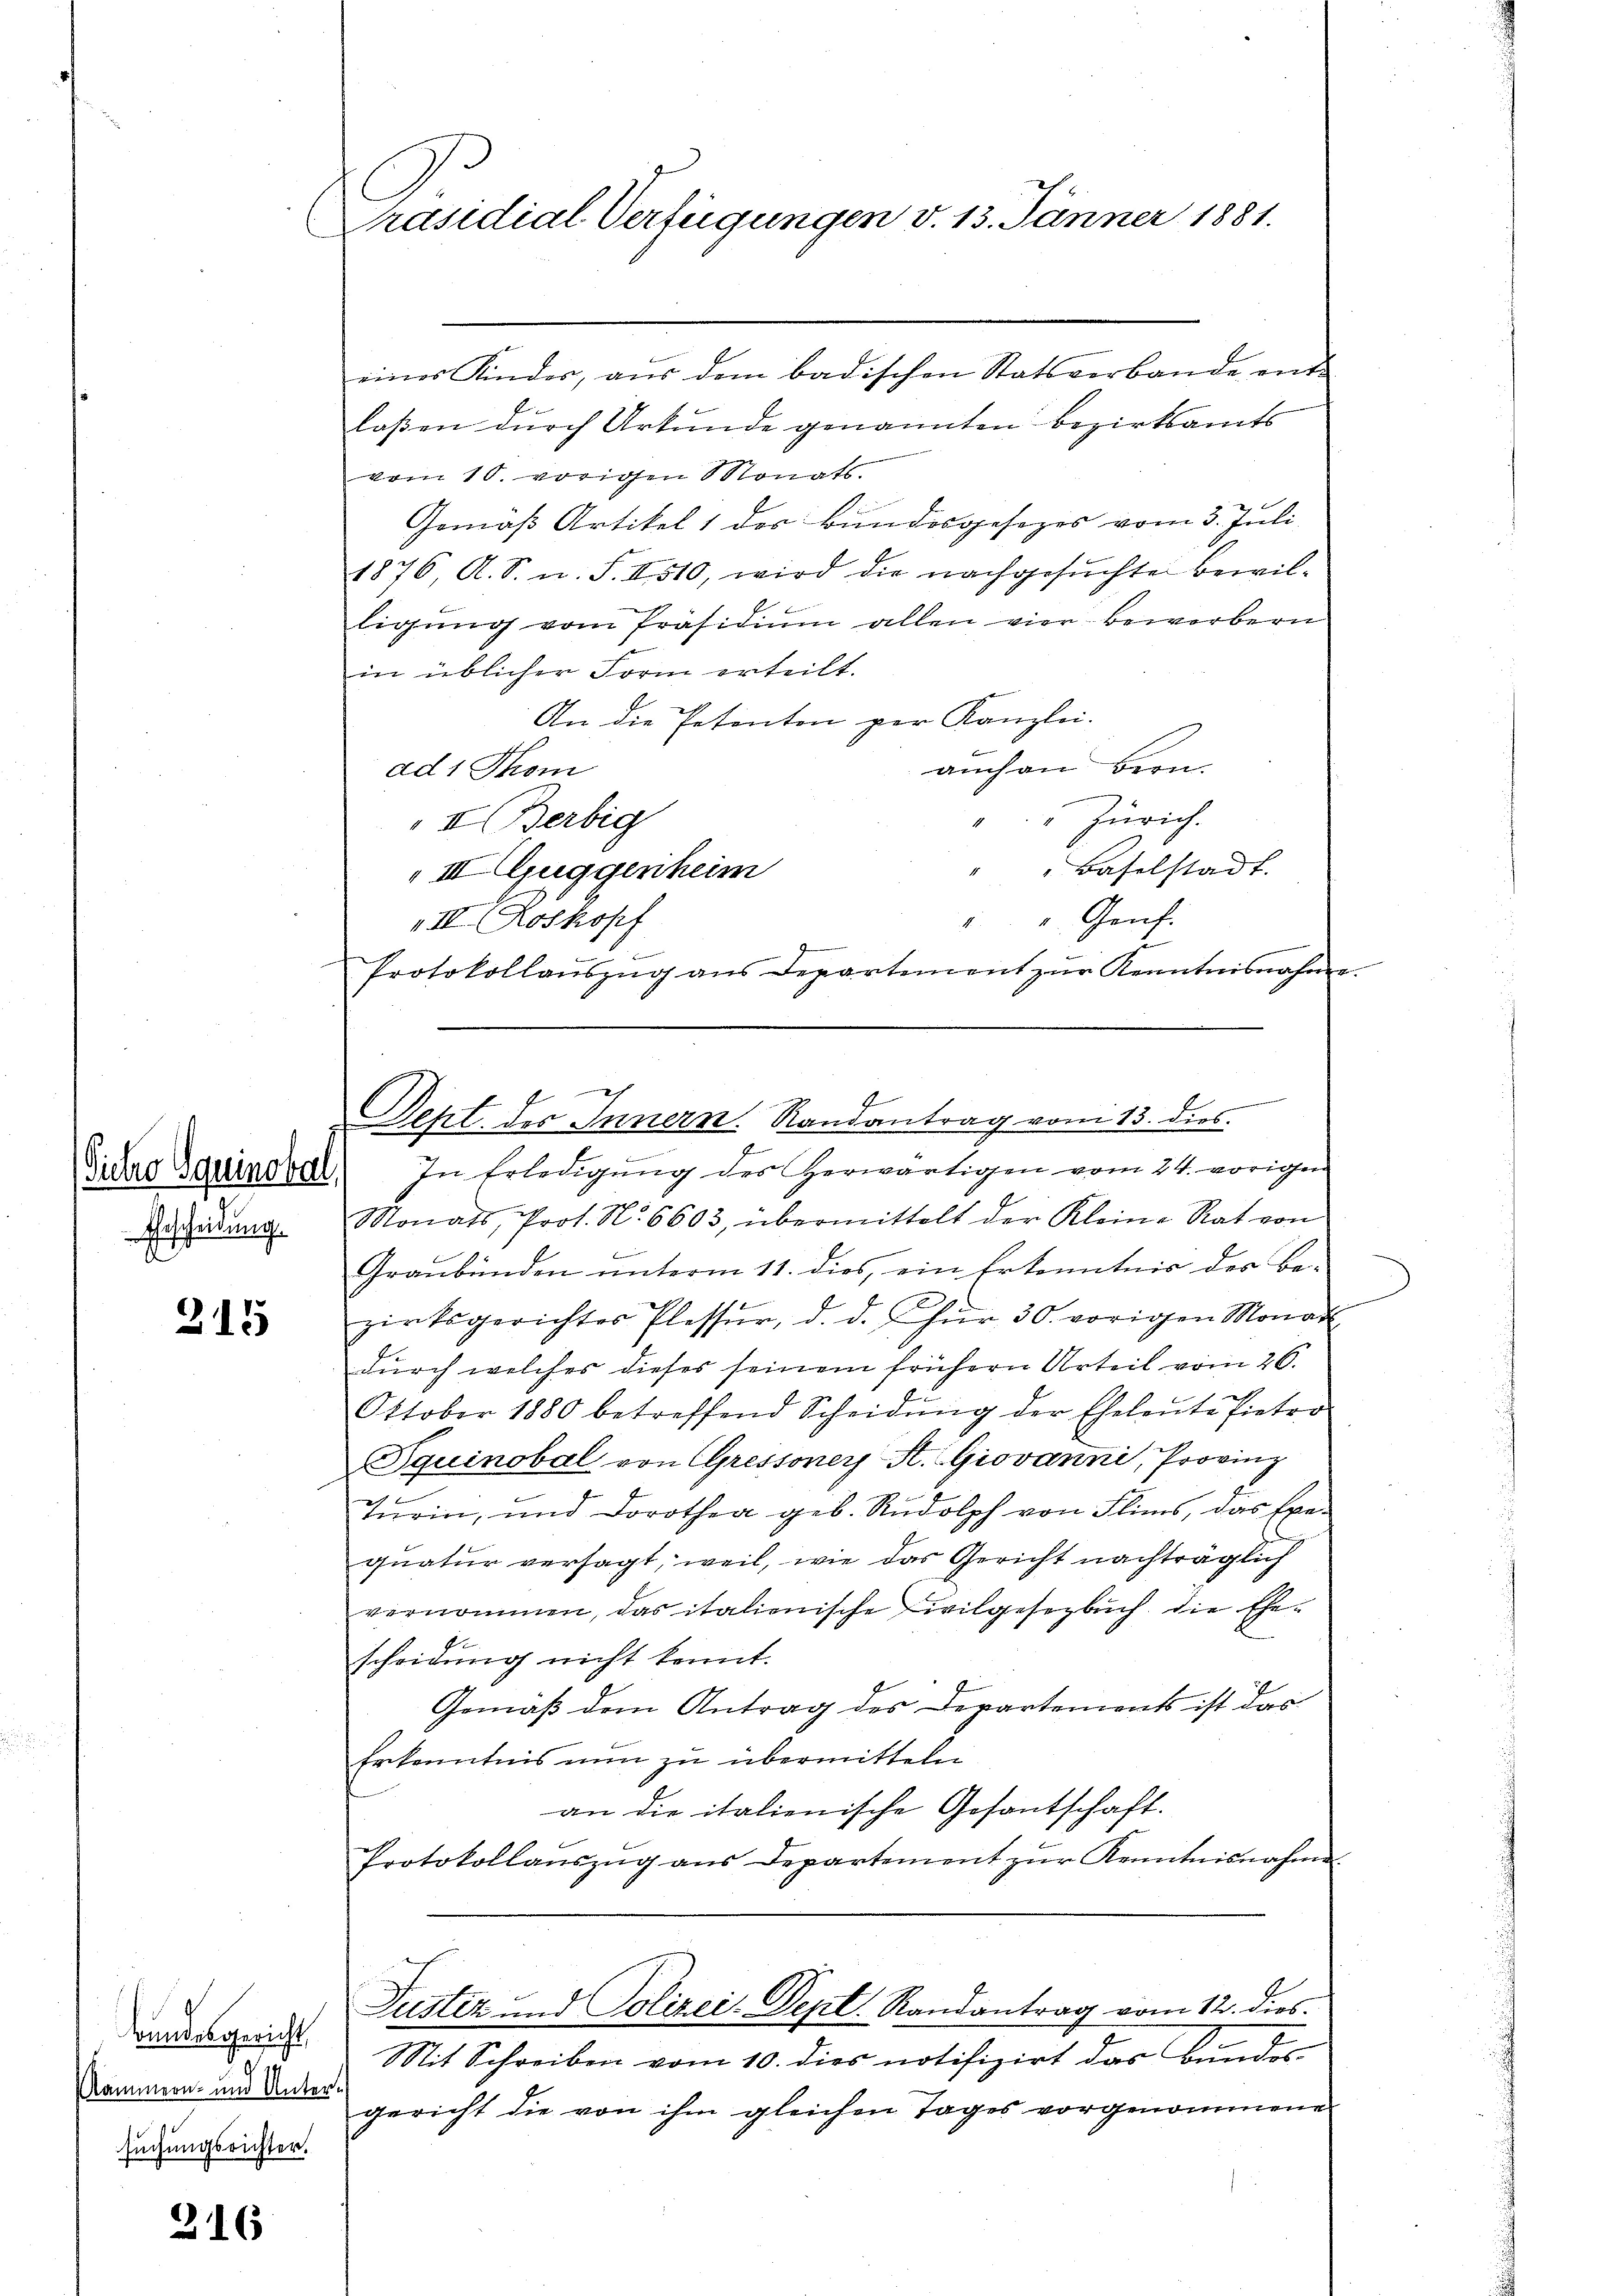
Pietro quinobel,
Gescheidung.

215

Bundesgericht
Kammern- und Untersuchungsrichter.

316

Präsidial-Verfügungen v. 13. Jänner 1881.

.
Seht des Innern. Randantrag vom 13. dies

eines Kindes, aus dem badischen Statsverbande ent-
laßen durch Urkunde genannten Bezirksamts
vom 10. vorigen Monats.
Gemäß Artikel 1 der Bundesgesezes vom 3. Juli
1876, A. S. u. S. I510, wird die nachgesuchte Bewilligŭng vom Präsidiŭm allen vier bewerbern
f
in üblicher Form erteilt.
An die Petenten per Kanzlei.
auch an Bron.
ad 1 Thom
Zürich.
II Bertig
Baselstadt.
III. Guggenheim
" Genf.
II (Roskopf
4
Protokollaŭszŭg ans Departement zŭr Kenntnisnahme
In Erledigung des Herwärtigen vom 24. vorigen
Monats, Prot. N. 6603, übermittelt der Kleine Rat von
Graubünden ŭnterm 11. dies, ein Erkenntnis des Be-
zirksgerichtes Plessŭr, d. d. für 30. vorigen Monat
durch welches dieses seinem frühern Urteil vom 26.
Oktober 1880 betreffend Scheidŭng der Eheleute fieter
Iquinobel von Gressoney St. Giovanni, Provinz
Turin, und Dorothea geb. Rudolph von Flims, das Exe-
quatur versagt, weil, wie das Gericht nachträglich
vernommen, das italienische Civilgesetzbuch die Ehescheidung nicht kennt.
Gemäß dem Antrag des Departements ist das
Erkenntnis nun zu übermitteln
an die italienische Gesantschaft.
Protokollaŭszŭg aŭs Departement zŭr Kenntnisnahme
Justiz- und Polizei-Dept. Randantrag vom 12. dies
Mit Schreiben vom 10. dies notifizirt das Bundes
gericht die von ihm gleichen Tages vorgenommene
f

.
f